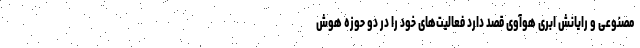
مصنوعی و رایانش ابری هوآوی قصد دارد فعالیت‌های خود را در دو حوزه هوش